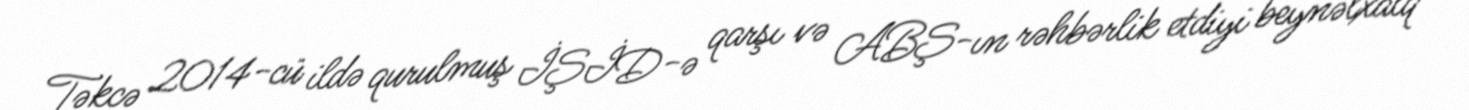
Təkcə 2014-cü ildə qurulmuş İŞİD-ə qarşı və ABŞ-ın rəhbərlik etdiyi beynəlxalq